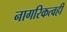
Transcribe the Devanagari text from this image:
नागरिकत्वही